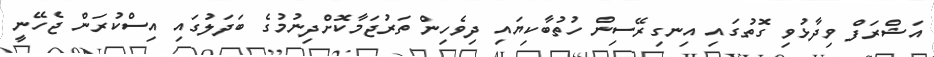
އަޝްރަފް ވިދާޅުވި ގޮތުގައި އިނގިރޭސިން ހުތުބާކިޔައި ދިވެހިން ތަރުޖަމާކޮށްދިނުމުގެ ބަދަލުގައި އިސްކުރަން ޖެހޭނީ